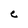
Character: C